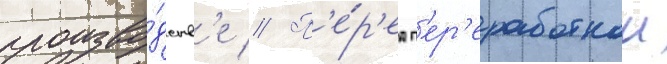
произво́дств'е // П'е́р'ед п'ер'еработкои